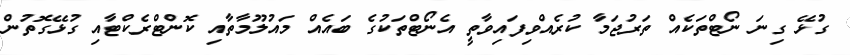
ގުޅޭ ގިނަ ނޯޓްތަކެއް ތަރުޖަމާ ކުރެއްވިފައިވާތީ އެނޯޓްތަކުގެ ބައެއް މައުލޫމާތާއި ކޮންޓްރެކްޓާއި ގުޅޭގޮތުން